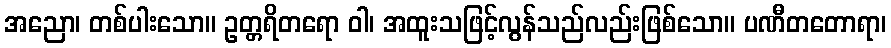
အညော၊ တစ်ပါးသော။ ဥတ္တရိတရော ဝါ၊ အထူးသဖြင့်လွန်သည်လည်းဖြစ်သော။ ပဏီတတောရာ၊